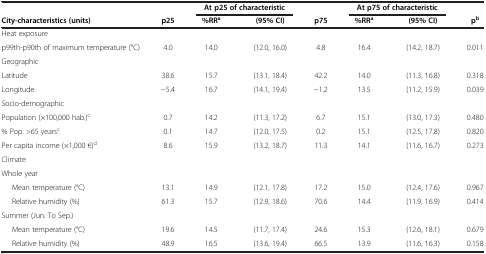
<table><thead><tr><td><b> </b></td><td><b> </b></td><td colspan="2"><b>At p25 of characteristic</b></td><td><b> </b></td><td colspan="2"><b>At p75 of characteristic</b></td><td><b> </b></td></tr><tr><td><b>City-characteristics (units)</b></td><td><b>p25</b></td><td><b>%RR<sup>a</sup></b></td><td><b>(95% CI)</b></td><td><b>p75</b></td><td><b>%RR<sup>a</sup></b></td><td><b>(95% CI)</b></td><td><b>p<sup>b</sup></b></td></tr></thead><tbody><tr><td colspan="8">Heat exposure</td></tr><tr><td>p99th-p90th of maximum temperature (°C)</td><td>4.0</td><td>14.0</td><td>(12.0, 16.0)</td><td>4.8</td><td>16.4</td><td>(14.2, 18.7)</td><td>0.011</td></tr><tr><td colspan="8">Geographic</td></tr><tr><td>Latitude</td><td>38.6</td><td>15.7</td><td>(13.1, 18.4)</td><td>42.2</td><td>14.0</td><td>(11.3, 16.8)</td><td>0.318</td></tr><tr><td>Longitude</td><td>−5.4</td><td>16.7</td><td>(14.1, 19.4)</td><td>−1.2</td><td>13.5</td><td>(11.2, 15.9)</td><td>0.039</td></tr><tr><td colspan="8">Socio-demographic</td></tr><tr><td>Population (×100,000 hab.)<sup>c</sup></td><td>0.7</td><td>14.2</td><td>(11.3, 17.2)</td><td>6.7</td><td>15.1</td><td>(13.0, 17.3)</td><td>0.480</td></tr><tr><td>% Pop. &gt;65 years<sup>c</sup></td><td>0.1</td><td>14.7</td><td>(12.0, 17.5)</td><td>0.2</td><td>15.1</td><td>(12.5, 17.8)</td><td>0.820</td></tr><tr><td>Per capita income (×1,000 €)<sup>d</sup></td><td>8.6</td><td>15.9</td><td>(13.2, 18.7)</td><td>11.3</td><td>14.1</td><td>(11.6, 16.7)</td><td>0.273</td></tr><tr><td colspan="8">Climate</td></tr><tr><td colspan="8">Whole year</td></tr><tr><td>Mean temperature (°C)</td><td>13.1</td><td>14.9</td><td>(12.1, 17.8)</td><td>17.2</td><td>15.0</td><td>(12.4, 17.6)</td><td>0.967</td></tr><tr><td>Relative humidity (%)</td><td>61.3</td><td>15.7</td><td>(12.9, 18.6)</td><td>70.6</td><td>14.4</td><td>(11.9, 16.9)</td><td>0.414</td></tr><tr><td colspan="8">Summer (Jun. To Sep.)</td></tr><tr><td>Mean temperature (°C)</td><td>19.6</td><td>14.5</td><td>(11.7, 17.4)</td><td>24.6</td><td>15.3</td><td>(12.6, 18.1)</td><td>0.679</td></tr><tr><td>Relative humidity (%)</td><td>48.9</td><td>16.5</td><td>(13.6, 19.4)</td><td>66.5</td><td>13.9</td><td>(11.6, 16.3)</td><td>0.158</td></tr></tbody></table>